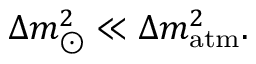
\Delta m _ { \odot } ^ { 2 } \ll \Delta m _ { \mathrm { a t m } } ^ { 2 } .